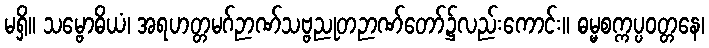
မရှိ။ သမ္ဗောဓိယံ၊ အရဟတ္တမဂ်ဉာဏ်သဗ္ဗညုတဉာဏ်တော်၌လည်းကောင်း။ ဓမ္မစက္ကပ္ပဝတ္တနေ၊